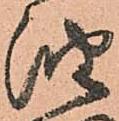
油